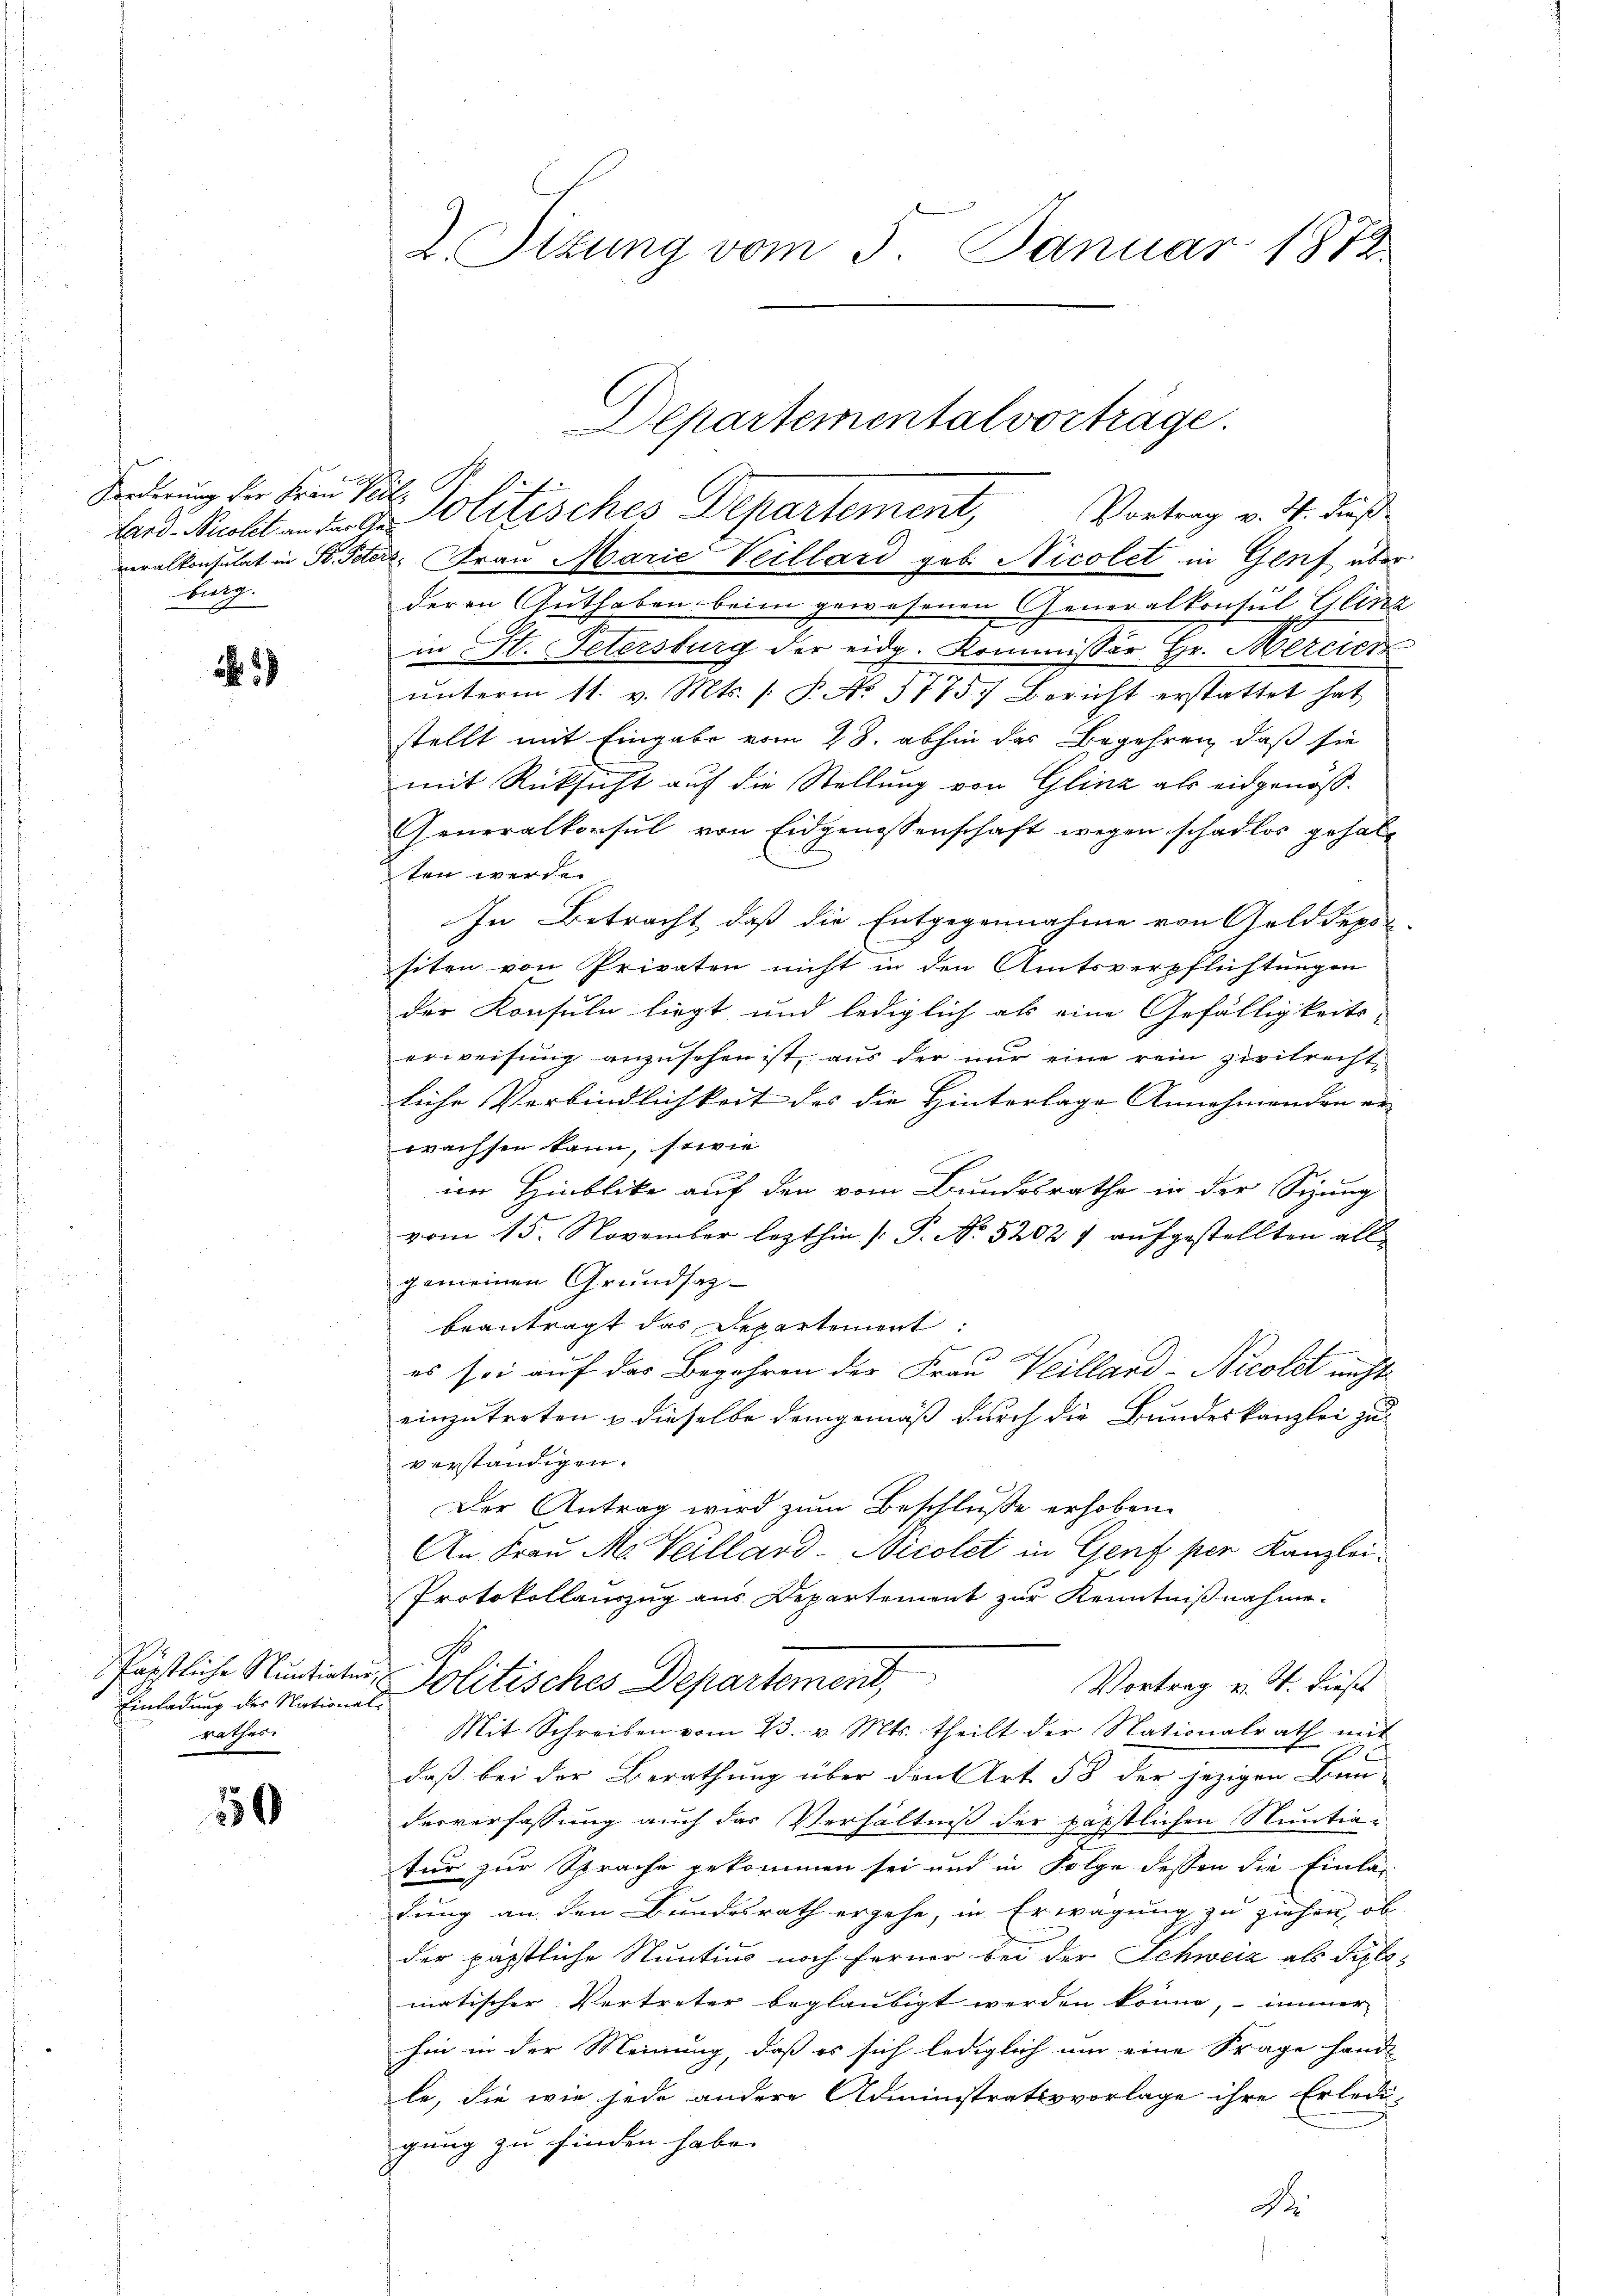
Forderung der Frau Pr
Bard. Nicolet an das G
veralkonsulat in St. Pete
burg.

5

päpstliche Nuntiater
Einladung des Nationa
rathes

150

2. Ottung vom 3. Januar 1873

2 Politisches Departement, Vortrag v. 3. dieße
u
2. Frau Marie Veillard geb. Nicolet in Genf über
deren Guthaben beim gewesenen Generalkontul Ellinz
in St. Petersburg der eidg. Kommissär Hr. Mercier
ŭnterm 11. v. Mts. /: P. No 1775. Bericht erstattet hat
stellt mit Eingabe vom 28. abhin das Begehren, daß sie
mit Rücksicht auf die Stellung von Glinz als eidgenöß¬
Generalkonsul von Eidgenossenschaft wegen schadlos gehalt
ten werde.
In Betracht, daß die Entgegennahme von Geld depon
siten von Privaten nicht in den Amtsverpflichtungen
der Konsuln liegt und lediglich als eine Gefälligkeits
erweisung anzusehen ist, aus der nur eine rein zivilrecht,
liche Verbindlichkeit des die Hinterlage Annehmenden er- |
wachsen kann, sowie
im Hinblicke auf den vom Bundesrathe in der Sizung
vom 15. November lezthin [P. No 5202 7 aufgestellten all
gemeinen Grundsagbeantragt das Departement:
E
es sei auf das Begehren der Frau Veilland- Nicolet nicht
einzutreten & dieselbe demgemäß durch die Bundeskanzlei zu
verständigen.
Der Antrag wird zum Beschlusse erhoben.
An Frau M. Veillard-Nicolet in Genf per Kanzlei¬
Protokollauszug aus Departement zur Kenntnißnahme.
Politisches Departement,
Vortrag v. M. dieses
Mit Schreiben vom 23. v. Mts. theilt der Stationalrath mit
h
daß bei der Berathung über den Art. 58 der jezigen Bun-
derverfassung auch das Verhältniß der päpstlichen Stuntiatur zur Sprache gekommen sei und in Folge dessen die Einla-
dung an den Bundesrath ergehe, in Erwägung zu ziehen, ob
der päpstliche Stuntius noch ferner bei der Schweiz als Filimatischer Vertreter beglaubigt werden könne, immer
hin in der Meinung, daß es sich lediglich um eine Frage hande
le, die wie jede andere Administrativvorlage ihre Erledi-
gung zu finden habe.
A

Departemental vorträge.